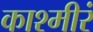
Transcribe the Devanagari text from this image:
काश्मीरं